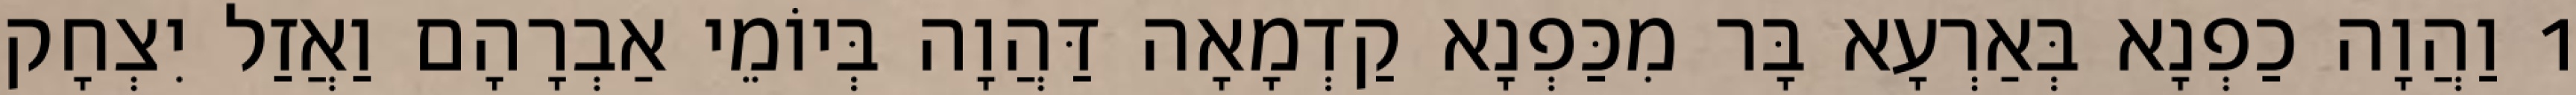
1 וַהֲוָה כַפְנָא בְּאַרְעָא בָּר מִכַּפְנָא קַדְמָאָה דַּהֲוָה בְּיוֹמֵי אַבְרָהָם וַאֲזַל יִצְחָק